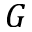
G